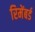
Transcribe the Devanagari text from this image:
रिमेंबर्ड